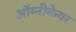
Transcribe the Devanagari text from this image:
ऑम्नीकेयर